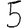
Digit: 5